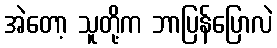
အဲတော့ သူတို့က ဘာပြန်ပြောလဲ